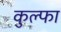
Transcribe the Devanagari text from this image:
कुल्‍फा